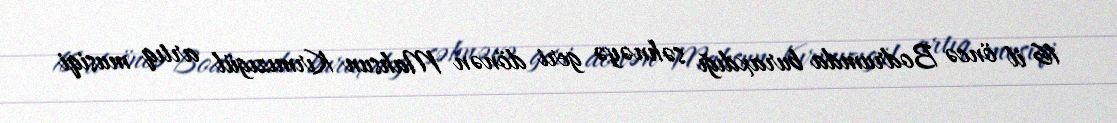
16 il öncə Bodrumda buraxdığı səhnəyə geri dönən Mahsun Kırmızıgül artıq musiqi